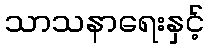
သာသနာရေးနှင့်